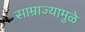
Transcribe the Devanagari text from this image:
साम्राज्यामुळे